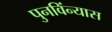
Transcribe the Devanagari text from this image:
पुनविंन्यास